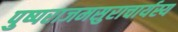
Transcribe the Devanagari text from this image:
पुष्पराजमसुराचार्यस्य